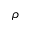
\bar { \rho }